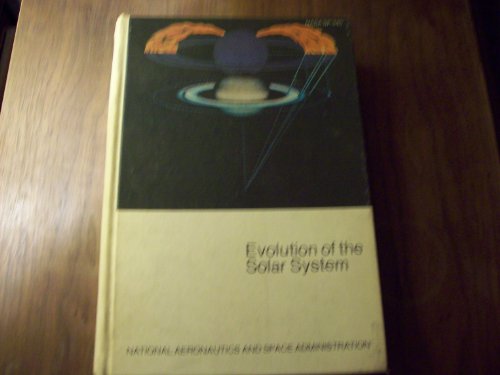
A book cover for Evolution of the Solar System; Hannes Alfven; Science & Math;